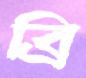
ব্রি